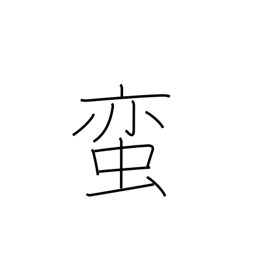
Meaning: barbarian